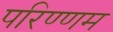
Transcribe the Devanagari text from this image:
परिण्णम